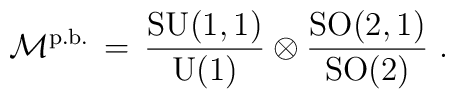
\mathcal{M}^{\mathrm{p.b.}}\, = \,  \frac{\mathrm{SU}(1,1)}{\mathrm{U}(1)} \otimes  \frac{\mathrm{SO}(2,1)}{\mathrm{SO}(2)}~.